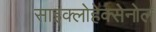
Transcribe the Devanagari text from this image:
साइक्लोहेक्सेनोल